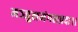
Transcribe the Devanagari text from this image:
मञ्जुलमंगलप्रदा।।